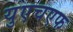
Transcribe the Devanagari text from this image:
युएचएफ